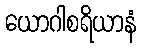
ယောဂါစရိယာနံ